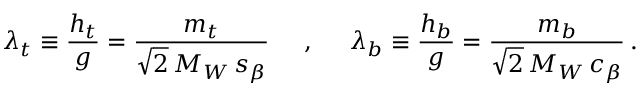
\lambda _ { t } \equiv { \frac { h _ { t } } { g } } = { \frac { m _ { t } } { \sqrt { 2 } \, M _ { W } \, s _ { \beta } } } \; \; \; \; \; , \; \; \; \; \; \lambda _ { b } \equiv { \frac { h _ { b } } { g } } = { \frac { m _ { b } } { \sqrt { 2 } \, M _ { W } \, c _ { \beta } } } \, .